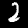
Digit: 2